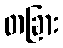
တခြား